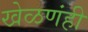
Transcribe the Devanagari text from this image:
खेळणंही